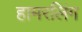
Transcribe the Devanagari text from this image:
हामरलिंग